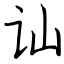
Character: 讪